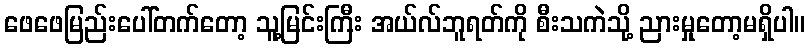
ဖေဖေမြည်းပေါ်တက်တော့ သူ့မြင်းကြီး အယ်လ်ဘူရတ်ကို စီးသကဲသို့ ညားမှုတော့မရှိပါ။